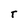
Character: t